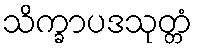
သိက္ခာပဒသုတ္တံ